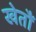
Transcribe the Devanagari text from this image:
खेतौं